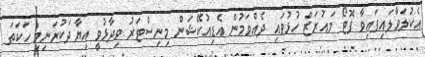
އެކުލަވާލައިފައިވާ ފޮޓޯ މައުރަޒް ހުޅުވައި ދެއްވަމުން އެޑިއުކޭޝަން މިނިސްޓަރު ވިދާޅުވީ އިޔާދަކުރަނިވި ހަކަތަ